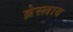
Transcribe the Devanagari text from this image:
ब्रेस्लाव